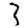
Digit: 3